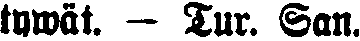
tywät. - Tur. San.